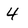
Character: 4